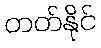
တတ်နိုင်